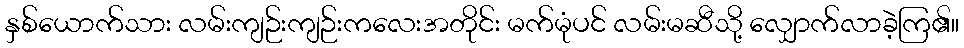
နှစ်ယောက်သား လမ်းကျဉ်းကျဉ်းကလေးအတိုင်း မက်မုံပင် လမ်းမဆီသို့ လျှောက်လာခဲ့ကြ၏။